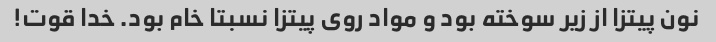
نون پیتزا از زیر سوخته بود و مواد روی پیتزا نسبتا خام بود. خدا قوت!